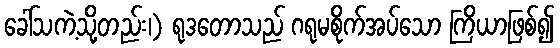
ခေါ်သကဲ့သို့တည်း၊) ရုဒတောသည် ဂရုမစိုက်အပ်သော ကြိယာဖြစ်၍